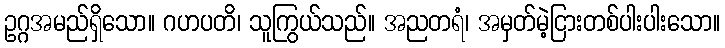
ဥဂ္ဂအမည်ရှိသော။ ဂဟပတိ၊ သူကြွယ်သည်။ အညတရံ၊ အမှတ်မဲ့ငြားတစ်ပါးပါးသော။